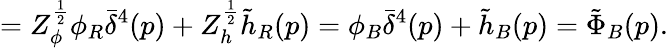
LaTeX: =Z_{\phi}^{{\frac{1}{2}}}\phi_{R}\bar{\delta}^{4}(p)+Z_{h}^{{\frac{1}{2}}}\tilde{h}_{R}(p)=\phi_{B}\bar{\delta}^{4}(p)+\tilde{h}_{B}(p)=\tilde{\Phi}_{B}(p).